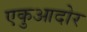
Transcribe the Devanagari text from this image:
एकुआदोर